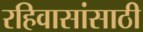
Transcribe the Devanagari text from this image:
रहिवासांसाठी